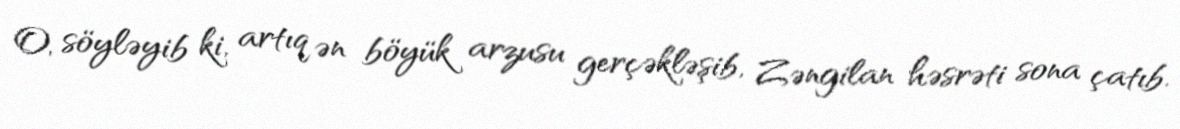
O, söyləyib ki, artıq ən böyük arzusu gerçəkləşib, Zəngilan həsrəti sona çatıb.